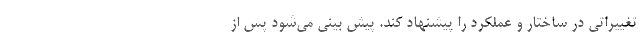
تغییراتی در ساختار و عملکرد را پیشنهاد کند. پیش بینی می‌شود پس از